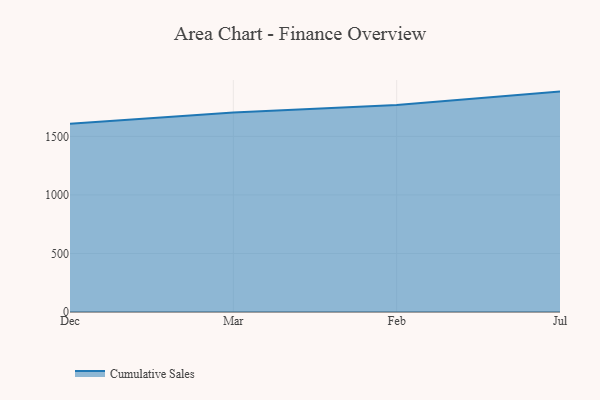
{"axis": {"x": "Month", "y": "Inventory Turnover"}, "legend": ["Cumulative Sales"], "data": [{"x": "Dec", "y": 1607.7, "type": "Cumulative Sales"}, {"x": "Mar", "y": 1703.5, "type": "Cumulative Sales"}, {"x": "Feb", "y": 1768.1, "type": "Cumulative Sales"}, {"x": "Jul", "y": 1882.6, "type": "Cumulative Sales"}]}